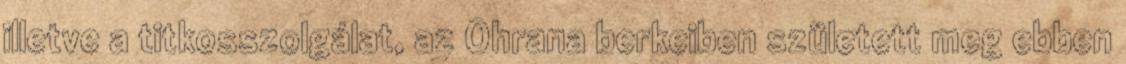
illetve a titkosszolgálat, az Ohrana berkeiben született meg ebben